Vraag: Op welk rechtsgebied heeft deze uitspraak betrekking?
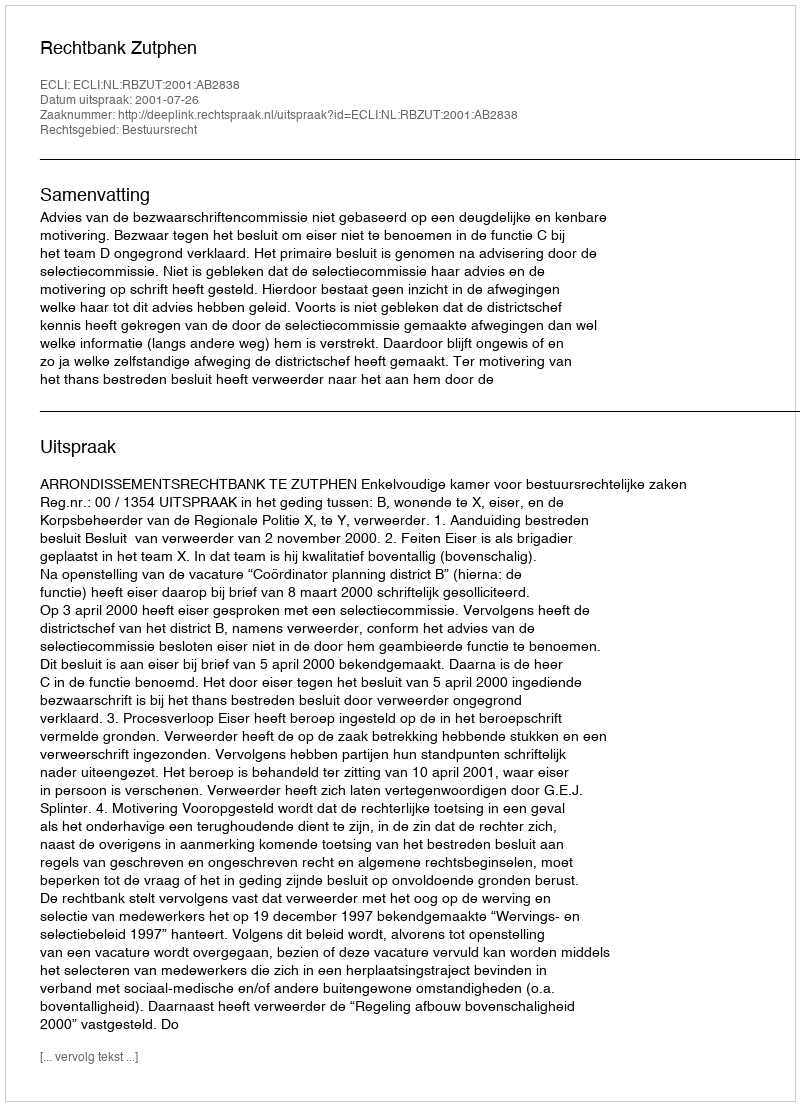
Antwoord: Bestuursrecht